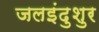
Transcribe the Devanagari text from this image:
जलइंदुशुर